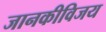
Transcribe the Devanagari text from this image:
जानकीविजय